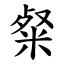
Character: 粲